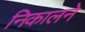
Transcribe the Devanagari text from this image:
निकालने